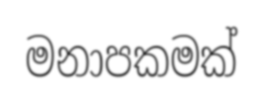
මනාපකමක්